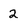
Character: 2